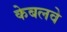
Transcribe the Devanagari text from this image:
केबलवे